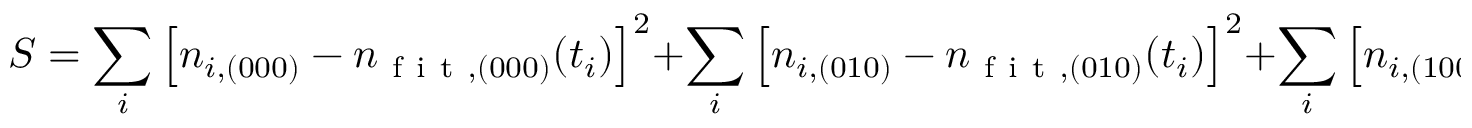
S = \sum _ { i } \left[ n _ { i , ( 0 0 0 ) } - n _ { \mathrm { ~ f ~ i ~ t ~ } , ( 0 0 0 ) } ( t _ { i } ) \right] ^ { 2 } + \sum _ { i } \left[ n _ { i , ( 0 1 0 ) } - n _ { \mathrm { ~ f ~ i ~ t ~ } , ( 0 1 0 ) } ( t _ { i } ) \right] ^ { 2 } + \sum _ { i } \left[ n _ { i , ( 1 0 0 ) } - n _ { \mathrm { ~ f ~ i ~ t ~ } , ( 1 0 0 ) } ( t _ { i } ) \right] ^ { 2 } ,